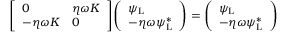
{ \left[ \begin{array} { l l } { 0 } & { \eta \omega K } \\ { - \eta \omega K } & { 0 } \end{array} \right] } { \left( \begin{array} { l } { \psi _ { \mathrm { { L } } } } \\ { - \eta \omega \psi _ { \mathrm { { L } } } ^ { * } } \end{array} \right) } = { \left( \begin{array} { l } { \psi _ { \mathrm { { L } } } } \\ { - \eta \omega \psi _ { \mathrm { { L } } } ^ { * } } \end{array} \right) }